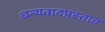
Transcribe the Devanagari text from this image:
धन्यवादप्रस्ताव